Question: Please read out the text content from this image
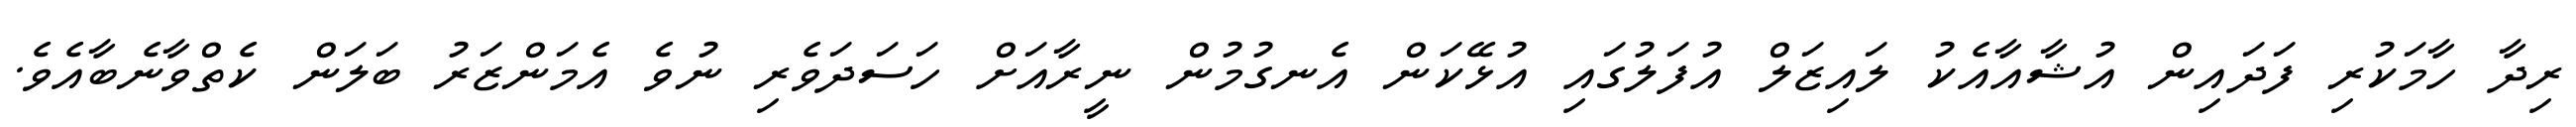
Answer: ރިދާ ހާމަކުރި ފަދައިން އުޝާއާއެކު ލައިޒަލް އުފަލުގައި އުޅޭކަން އެނގުމުން ނީރާއަށް ހަސަދަވެރި ނުވެ އެމަންޒަރު ބަލަން ކެތްވާނެބާއެވެ.